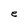
Character: e